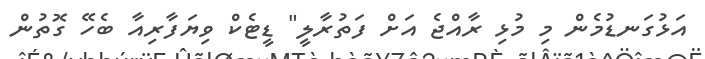
އަޅުގަނޑުމެން މި މުޅި ރާއްޖެ އަށް ފަތުރާލީ" ޑީޓެކް ވިޔަފާރިއާ ބެހޭ ގޮތުން